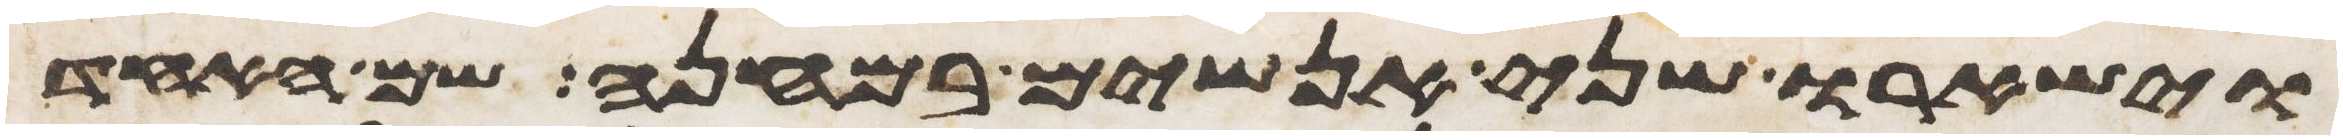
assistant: וישארו שני אנשים במחנה שם האחד